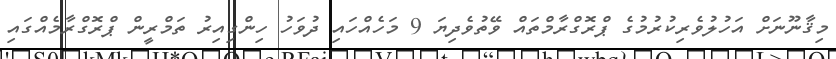
މިޤާނޫނަށް އަހުލުވެރިކުރުމުގެ ޕްރޮގްރާމްތައް ވޭތުވެދިޔަ 9 މަހެއްހައި ދުވަހު ހިންގިއިރު ތަމްރީން ޕްރޮގްރާމެއްގައި